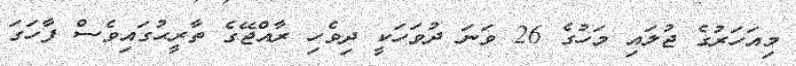
މިއަހަރުގެ ޖުލައި މަހުގެ 26 ވަނަ ދުވަހަކީ ދިވެހި ރާއްޖޭގެ ތާރީޙުގައިވެސް ފާހަގަ